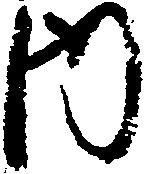
内